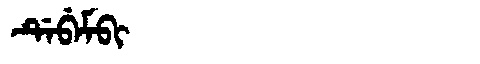
Manchu: ᡩᡝᠪᡝᠮᠪᡳ
Romanization: DEBEMBI